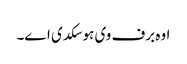
اوہ برف وی ہو سکدی ا‏‏ے۔